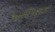
ખાલીપણાનો